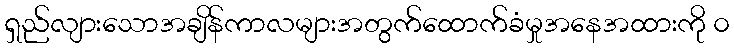
ရှည်လျားသောအချိန်ကာလများအတွက်ထောက်ခံမှုအနေအထားကို ၀